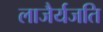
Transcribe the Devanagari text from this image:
लाजैर्यजति